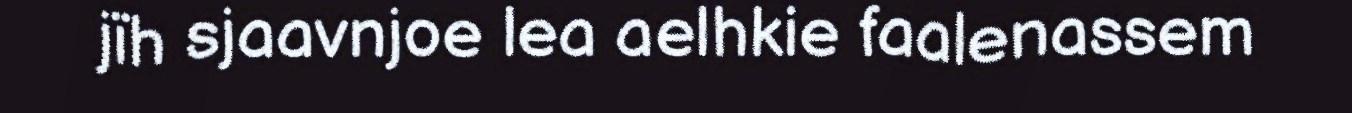
jïh sjaavnjoe lea aelhkie faalenassem